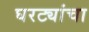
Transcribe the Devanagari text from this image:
घरट्यांचा